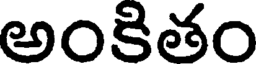
అంకితం